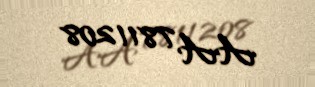
AA 7811208